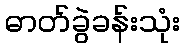
ဓာတ်ခွဲခန်းသုံး